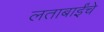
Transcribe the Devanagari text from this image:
लताबाईंचे